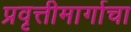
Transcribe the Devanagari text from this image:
प्रवृत्तीमार्गाचा